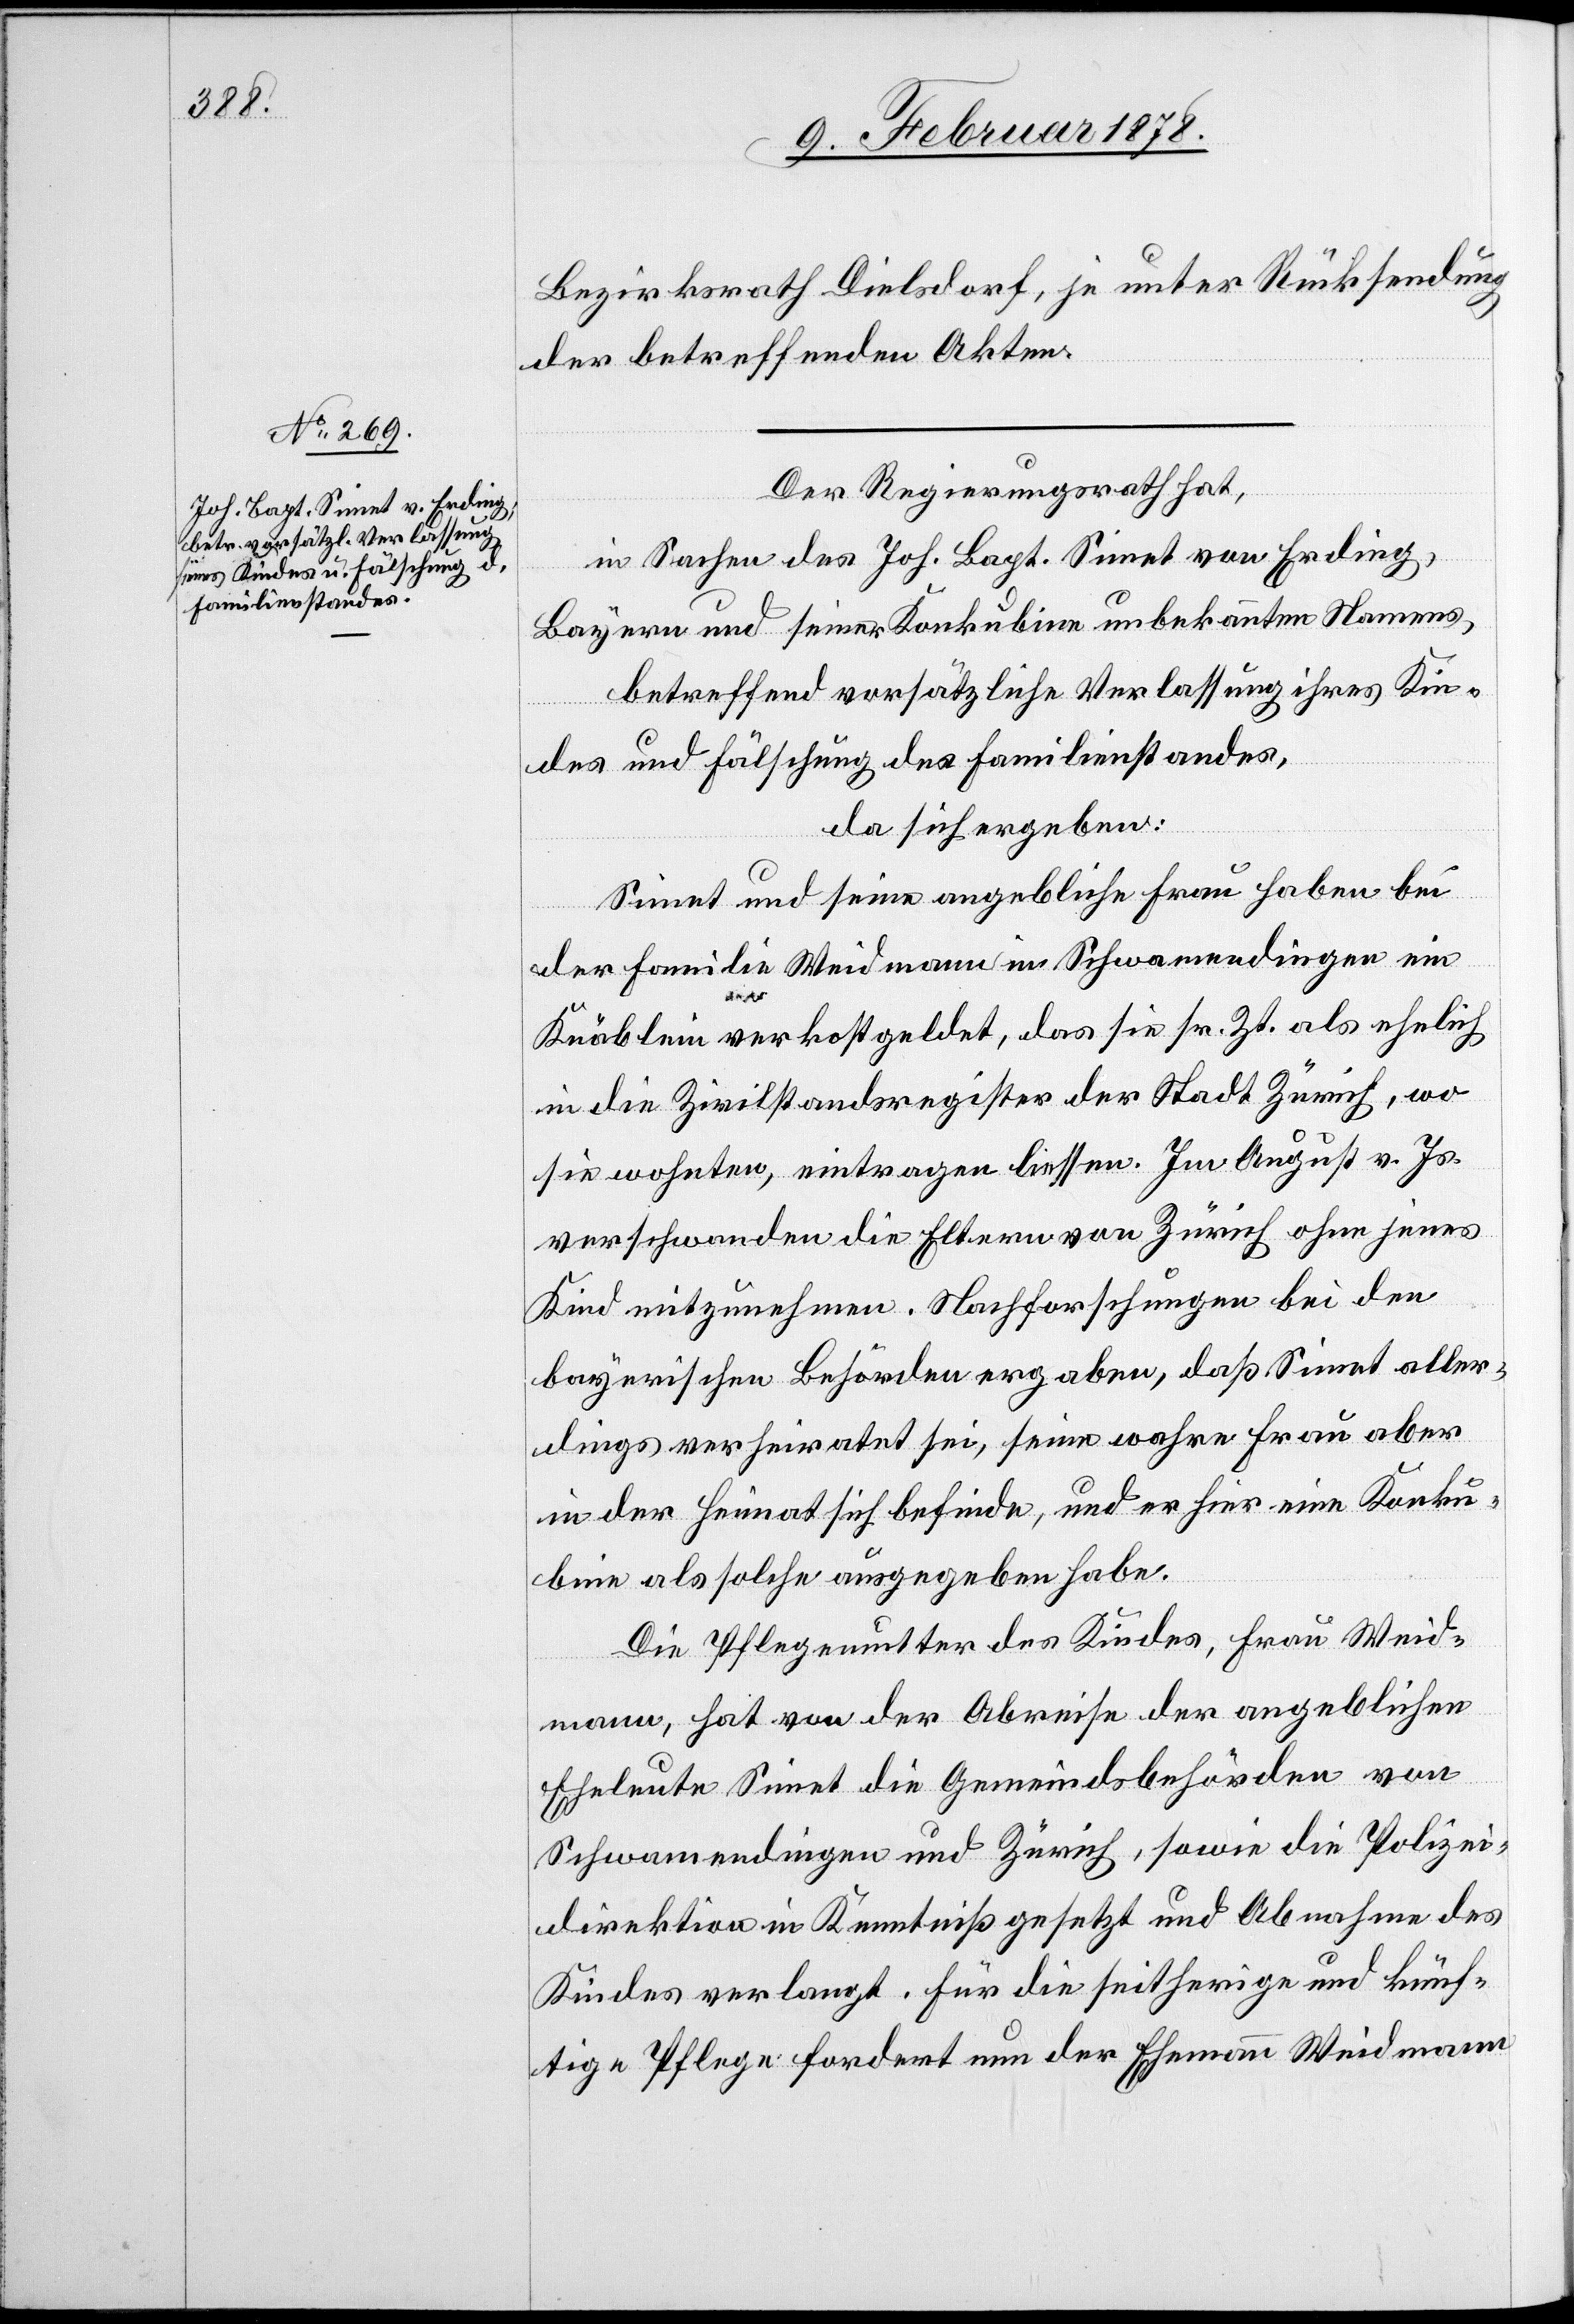
Bezirksrath Dielsdorf, je unter Rücksendung
der betreffenden Akten.
Der Regierungsrath hat,
in Sachen des Joh. Bapt. Simet von Erding,
Bayern und seiner Konkubine unbekannten Namens,
betreffend vorsätzliche Verlassung ihres Kin¬
des und Fälschung des Familienstandes,
da sich ergeben:
Simet und seine angebliche Frau haben bei
der Familie Weidmann in Schwamendingen ein
Knäblein verkostgeldet, das sie sr. Zt. als ehelich
in die Zivilstandsregister der Stadt Zürich, wo
sie wohnten, eintragen liessen. Im August v. Js.
verschwanden die Eltern von Zürich ohne jenes
Kind mitzunehmen. Nachforschungen bei den
bayerischen Behörden ergaben, daß Simet aller¬
dings verheiratet sei, seine wahre Frau aber
in der Heimat sich befinde, und er hier eine Konku¬
bine als solche ausgegeben habe.
Die Pflegemutter des Kindes, Frau Weid¬
mann, hat von der Abreise der angeblichen
Eheleute Simet die Gemeindsbehörden von
Schwamendingen und Zürich, sowie die Polizei¬
direktion in Kenntniß gesetzt und Abnahme des
Kindes verlangt. Für die seitherige und künf¬
tige Pflege fordert nun der Ehemann Weidmann